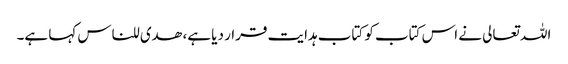
اللہ تعالی نے اس کتاب کو کتاب ہدایت قرار دیا ہے، ھدی للناس کہا ہے۔